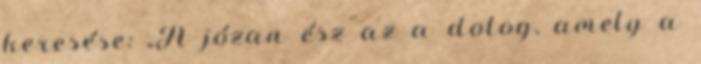
keresése: „A józan ész az a dolog, amely a